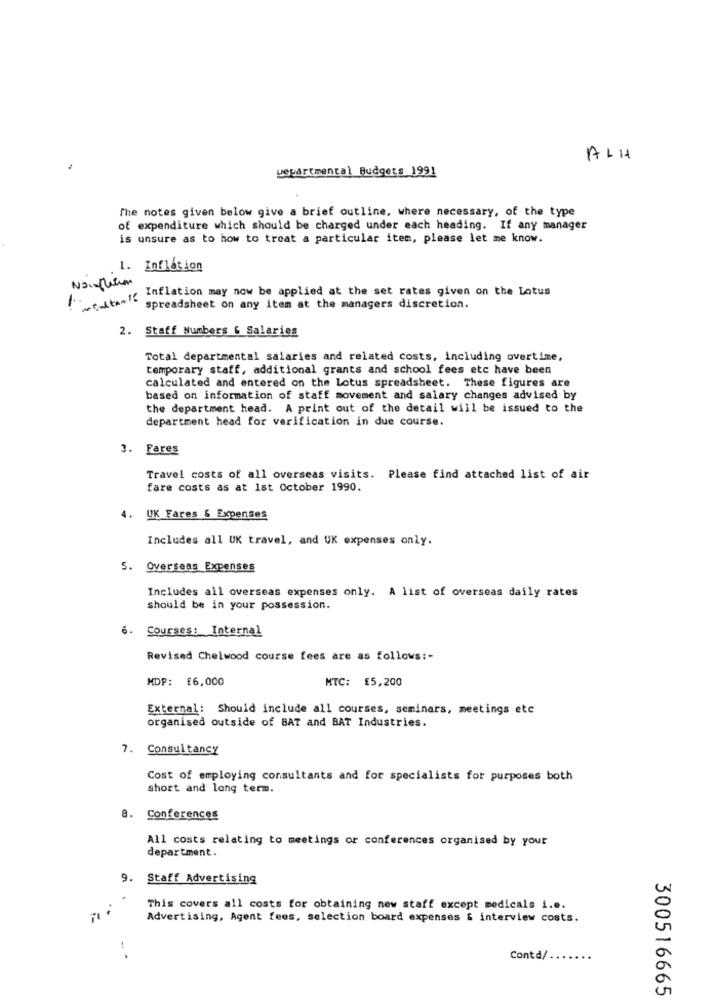
ALH
wepartmental Budgets 1991
The notes given below give a brief outline, where necessary, of the type
of expenditure which should be charged under each heading. If any manager
is unsure as to how to treat a particular item, please let me know.
1. Inflation
No.flation
Inflation may now be applied at the set rates given on the Lotus
spreadsheet on any item at the managers discretion.
2. Staff Numbers & Salaries
Total departmental salaries and related costs, including overtime,
temporary staff, additional grants and school fees etc have been
calculated and entered on the Lotus spreadsheet. These figures are
based on information of staff movement and salary changes advised by
the department head. A print out of the detail will be issued to the
department head for verification in due course.
3. Fares
Travel costs of all overseas visits. Please find attached list of air
fare costs as at 1st October 1990.
4. UK Fares & Expenses
Includes all UK travel, and UK expenses only.
5. Overseas Expenses
Includes all overseas expenses only. A list of overseas daily rates
should be in your possession.
. Courses: Internal
Revised Chelwood course fees are as follows :-
HDP: £6,000
MTC: £5,200
External: Should include all courses, seminars, meetings etc
organised outside of BAT and BAT Industries.
7. Consultancy
Cost of employing consultants and for specialists for purposes both
short and long term.
a. Conferences
All costs relating to meetings or conferences organised by your
department.
9. Staff Advertising
This covers all costs for obtaining new staff except medicals i.e.
Advertising, Agent fees, selection board expenses & interview costs.
Contd/
300516665